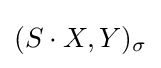
(S\cdot X,Y)_{\sigma }